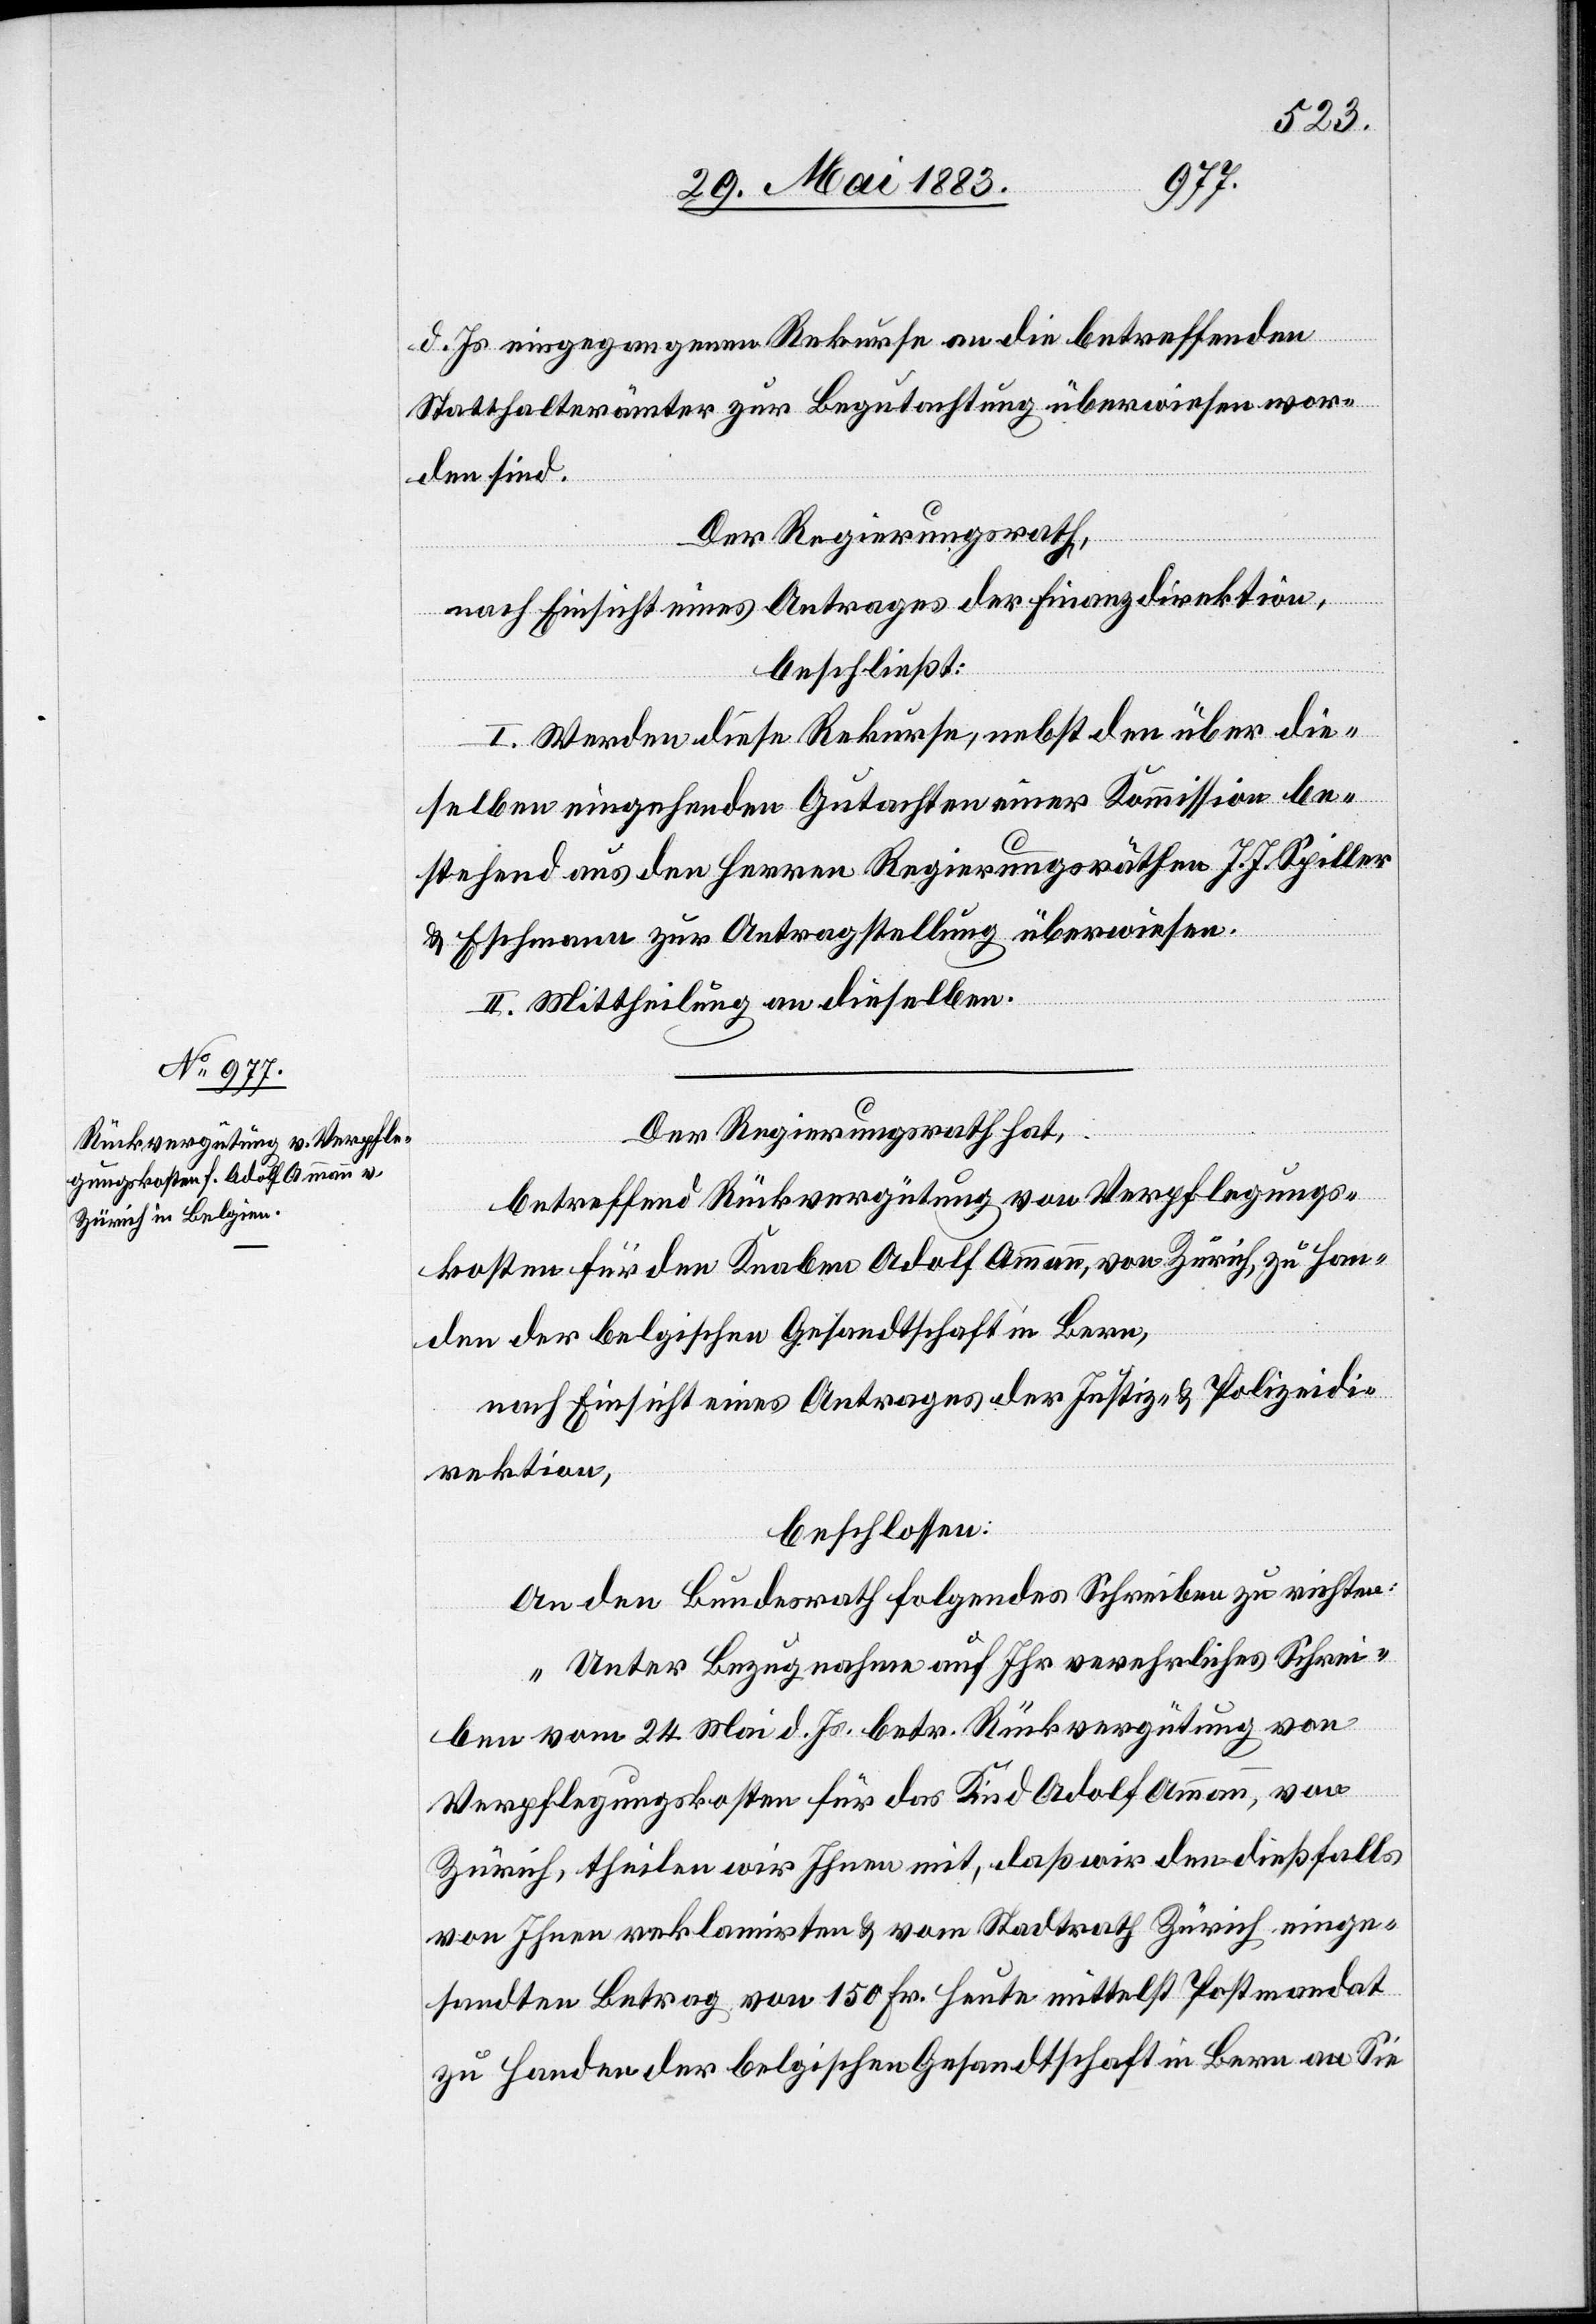
d. Js. eingegangenen Rekurse an die betreffenden
Statthalterämter zur Begutachtung überwiesen wor¬
den sind.
Der Regierungsrath,
nach Einsicht eines Antrages der Finanzdirektion,
beschließt:
I. Werden diese Rekurse, nebst den über die¬
selben eingehenden Gutachten einer Kommission be¬
stehend aus den Herren Regierungsräthen J. J. Spiller
& Eschmann zur Antragstellung überwiesen.
II. Mittheilung an dieselben.
Der Regierungsrath hat,
betreffend Rückvergütung von Verpflegungs¬
kosten für den Knaben Adolf Ammann, von Zürich, zu Han¬
den der belgischen Gesandtschaft in Bern,
nach Einsicht eines Antrages der Justiz- & Polizeidi¬
rektion,
beschlossen:
An den Bundesrath folgendes Schreiben zu richten:
„Unter Bezugnahme auf Ihr verehrliches Schrei¬
ben vom 24. Mai d. Js. betr. Rückvergütung von
Verpflegungskosten für das Kind Adolf Ammanns, von
Zürich, theilen wir Ihnen mit, daß wir den dießfalls
von Ihnen reklamirten & vom Stadtrath Zürich einge¬
sandten Betrag von 150 Fr. heute mittelst Postmandat
zu Handen der belgischen Gesandtschaft in Bern an Sie